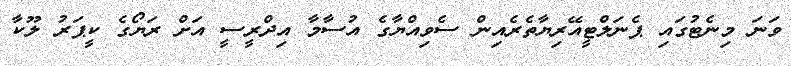
ވަނަ މިނެޓުގައި ޕެނަލްޓީއޭރިޔާތެރެއިން ސެވިއްޔާގެ އުސާމާ އިދްރީސީ އަށް ރަޔޯގެ ކީޕަރު ލޫކާ